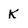
Character: k